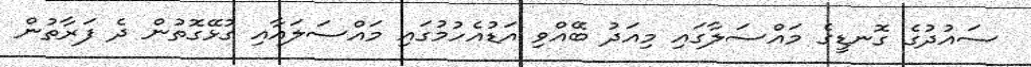
ސައުދުގެ ގޮނޑީގެ މައްސަލާގައި މިއަދު ބޭއްވި އަޑުއެހުމުގައި މައްސަލައާއި ގުޅޭގޮތުން ދެ ފަރާތުން